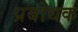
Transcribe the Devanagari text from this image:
प्रबोधक